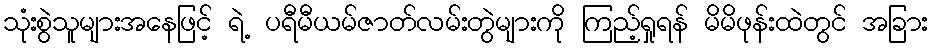
သုံးစွဲသူများအနေဖြင့် ရဲ့ ပရီမီယမ်ဇာတ်လမ်းတွဲများကို ကြည့်ရှုရန် မိမိဖုန်းထဲတွင် အခြား